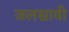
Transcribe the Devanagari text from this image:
जलस्रावी